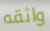
واثقه